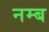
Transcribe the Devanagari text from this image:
नम्ब